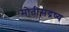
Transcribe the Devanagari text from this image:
मोतीसद्रष्य